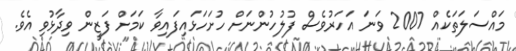
މައްސަލަތަކެއް 2007 ވަނަ އަހަރުވެސް ފުލުހުންނަށް ހުށަހަޅައިފައިވާ ކަމަށް ފަޒީން ވިދާޅުވި އެވެ.